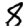
Digit: 8